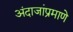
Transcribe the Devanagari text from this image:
अंदाजांप्रमाणे